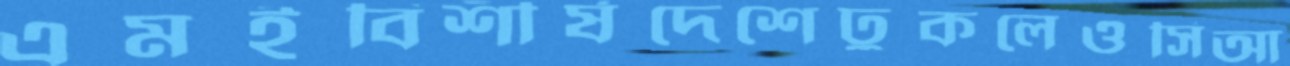
এমইবিশীর্ষদেশেঢুকলেওসিআ